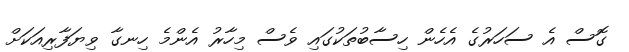
ގޮސް އެ ސަހަރުގެ އެހެން ހިސާބުތަކުގައި ވެސް މިހާރު އެންމެ ހިނގާ ވިޔަފާރިއަކަށް